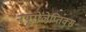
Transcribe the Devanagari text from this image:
नयूरोलेप्तिक्स